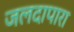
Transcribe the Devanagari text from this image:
जलदापारा